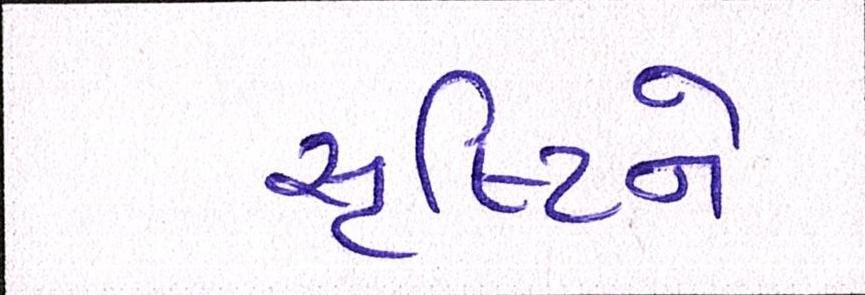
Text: સૃષ્ટિને